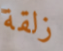
زلقة